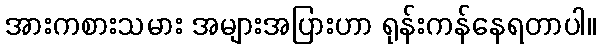
အားကစားသမား အများအပြားဟာ ရုန်းကန်နေရတာပါ။